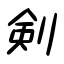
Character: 剣